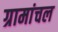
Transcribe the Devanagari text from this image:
ग्रामांचल